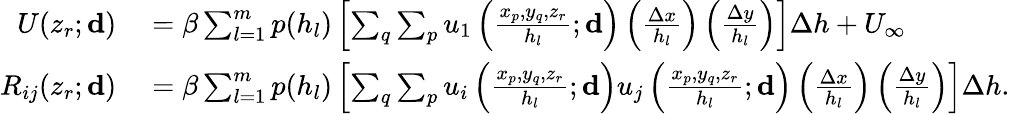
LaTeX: \begin{array}{rl}{U(z_{r};\mathbf{d})}&{{}=\beta\sum_{l=1}^{m}p(h_{l})\left[\sum_{q}\sum_{p}u_{1}\left(\frac{{x_{p},y_{q},z_{r}}}{h_{l}};\mathbf{d}\right)\left(\frac{\Delta x}{h_{l}}\right)\left(\frac{\Delta y}{h_{l}}\right)\right]\Delta h+U_{\infty}}\\ {R_{ij}(z_{r};\mathbf{d})}&{{}=\beta\sum_{l=1}^{m}p(h_{l})\left[\sum_{q}\sum_{p}u_{i}\left(\frac{{x_{p},y_{q},z_{r}}}{h_{l}};\mathbf{d}\right)u_{j}\left(\frac{{x_{p},y_{q},z_{r}}}{h_{l}};\mathbf{d}\right)\left(\frac{\Delta x}{h_{l}}\right)\left(\frac{\Delta y}{h_{l}}\right)\right]\Delta h.}\end{array}